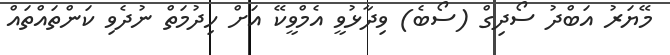
މޭޔަރު އަބްދު ސޯދިގް (ސޯބެ) ވިދާޅުވީ އެމްވީކޭ އަށް ހިދުމަތް ނުދެވި ކަންތައްތައް